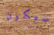
سيكون